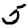
Digit: 5